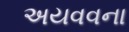
અયવવના